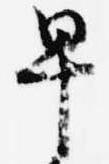
早